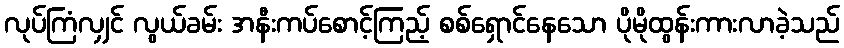
လုပ်ကြံလျှင် လွယ်ခမ်း အနီးကပ်စောင့်ကြည့် စစ်ရှောင်နေသော ပိုမိုထွန်းကားလာခဲ့သည်